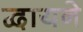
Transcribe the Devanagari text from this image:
द्वायने